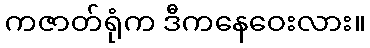
ကဇာတ်ရုံက ဒီကနေဝေးလား။